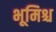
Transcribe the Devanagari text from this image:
भूमिश्च